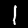
Label: 1